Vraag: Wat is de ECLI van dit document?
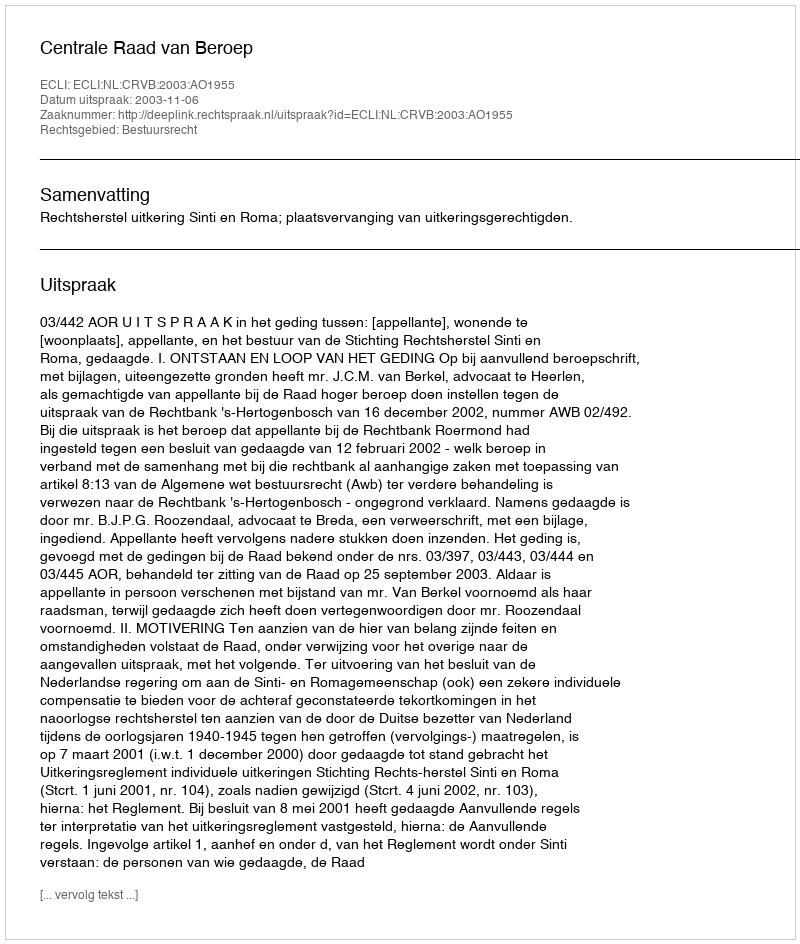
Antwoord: ECLI:NL:CRVB:2003:AO1955